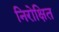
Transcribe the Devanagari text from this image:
निरोक्षित